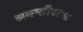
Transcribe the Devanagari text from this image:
अवन्तीखण्ड